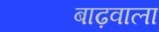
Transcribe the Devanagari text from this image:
बाढ़वाला